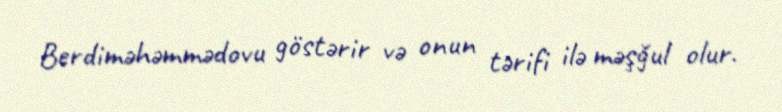
Berdiməhəmmədovu göstərir və onun tərifi ilə məşğul olur.